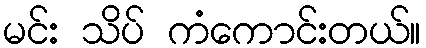
မင်း သိပ် ကံကောင်းတယ်။